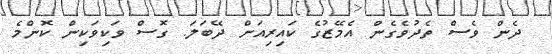
ދެން ވެސް ތެދުވެގެން އެމޭޒުގެ ކައިރިއަށް ދޭބަލަ. ގޮސް ވަކިވަކިން ކޮންމެ